Code of medical and sanitary regulations for the guidance of medical officers serving in the Madras Presidency - Volume II
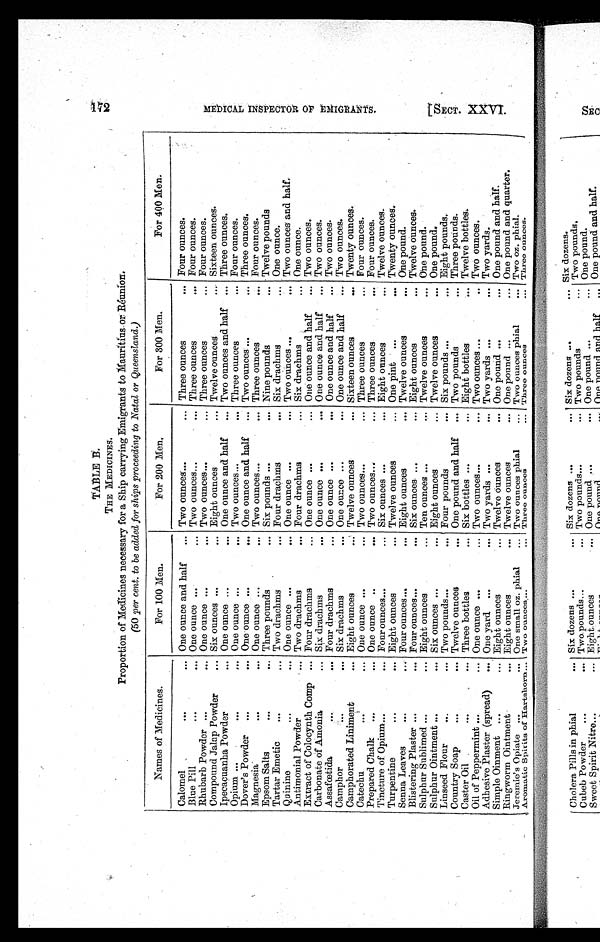
TABLE B.
THE MEDICINES.
Proportion of Medicines necessary for a Ship carrying Emigrants to Mauritius or Réunion.
(50 per cent. to be added for ships proceeding to Natal or Queensland.)
Names of Medicines.
For 100 Men.
For 200 Men.
For 300 Men.
For 400 Men.
Calomel
. . .
... One ounce and half ... Two ounces
. . . ... Three ounces
... Four ounces.
Blue Pill
. . .
... One ounce . . .
. . . Two ounces
. . . ... Three ounces
... Four ounces.
Rhubarb Powder ...
... One ounce ...
... Two ounces
. . . ... Three ounces
. . . Four ounces.
Compound Jalap Powder
... Six ounces . . .
. . . Eight ounces
... Twelve ounces
... Sixteen ounces.
Ipecacuanha Powder
... One ounce ...
... One ounce and half ... Two ounces and half ... Three ounces.
Opium ...
. . .
... One ounce ...
... Two ounces
. . . ... Three ounces
... Four ounces.
Dover's Powder ...
... One ounce ...
... One ounce and half ... Two ounces ...
. . . Three ounces.
Magnesia
. . .
... One ounce ...
... Two ounces
. . . ... Three ounces
. . . Four ounces.
Epsom Salts
. . .
... Three pounds
... Six pounds ...
... Nine pounds
. . . Twelve pounds
Tartar Emetic . . .
... Two drachms
... Four drachms
... Six drachms
. . . One ounce.
Quinine
...
... One ounce ...
... One ounce ...
... Two ounces ...
... Two ounces and half.
Antimonial Powder
. . . Two drachms
... Four drachms
... Six drachms
... One ounce.
Extract of Colocynth Comp ... Four drachms
. . . One ounce ...
... One ounce and half ... Two ounces.
Carbonate of Amonia
... Six drachms
... One ounce ...
... One ounce and half ... Two ounces.
Assafœtida
. . .
... Four drachms
... One ounce ...
... One ounce and half
... Two ounces.
Camphor
. . .
... Six drachms
... One ounce ...
... One ounce and half
... Two ounces.
Camphorated Liniment
... Eight ounces
... Twelve ounces
... Sixteen ounces
... Twenty ounces.
Catechu
. . .
... One ounce ...
... Two ounces . . .
... Three ounces
... Four ounces.
Prepared Chalk ...
... One ounce ..
... Two ounces . . .
... Three ounces
. . . Four ounces.
Tincture of Opium . . .
... Four ounces . . .
... Six ounces ...
... Eight ounces
. . . Twelve ounces.
Turpentine
. . .
... Eight ounces
... Twelve ounces
... One pint ...
. . . Twenty ounces.
Senna Leaves
...
... Four ounces . . .
... Eight ounces
... Twelve ounces
... One pound.
Blistering Plaster ...
... Four ounces . . .
... Six ounces
. . .
... Eight ounces
... Twelve ounces.
Sulphur Sublimed ...
... Eight ounces
... Ten ounces ...
... Twelve ounces
. . . One pound.
Sulphur Ointment ...
... Six ounces ...
... Eight ounces
... Twelve ounces
. . . One pound.
Linseed Flour . . .
... Two pounds . . .
... Four pounds
... Six pounds ...
. . . Eight pounds.
Country Soap
. . .
... Twelve ounces
... One pound and half ... Two pounds
. . . Three pounds.
Caster Oil
...
... Three bottles
... Six bottles ...
... Eight bottles
... Twelve bottles.
Oil of Peppermint ...
... One ounce ...
. . . Two ounces . . .
... Two ounces ...
.. Two ounces.
Adhesive Plaster (spread) ... One yard ...
... Two yards ...
... Two yards ...
... Two yards.
Simple Oinment ...
... Eight ounces
... Twelve ounces
... One pound ...
... One pound and half.
Ringworm Ointment
... Eight ounces
... Twelve ounces
... One pound ...
... One pound and quarter.
Jeremie's Opiate ...
... One small oz. phial ... Two ounces phial
... Two ounces phial
... Two oz. phial.
Aromatic Spirits of Hartshorn ... Two ounces
. . . ... Three ounces
. . . Three ounces
... Three ounces.
172
M E D I C A L I N S P E C T O R O F E M I G R A N T S . [ S E C T . X X V I .